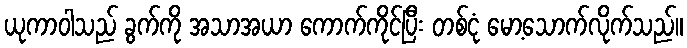
ယုကာဝါသည် ခွက်ကို အသာအယာ ကောက်ကိုင်ပြီး တစ်ငုံ မော့သောက်လိုက်သည်။